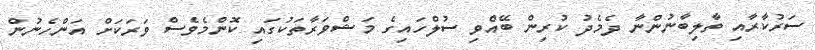
ސަރުކާރާއި ތާލިބާނުންނާ ދެމެދު ކުރިން ބޭއްވި ސުލްހައިގެ މަޝްވަރާތަކުގައި ކޮންމެވެސް ވަރަކަށް އަންހެނުން